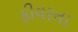
ફીવરના